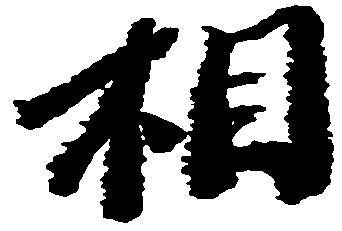
相